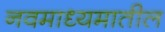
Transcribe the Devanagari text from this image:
नवमाध्यमातील